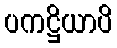
ပကဋ္ဌိယာပိ